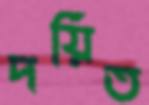
দয়িত